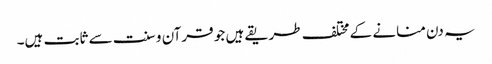
یہ دن منانے کے مختلف طریقے ہیں جو قرآن و سنت سے ثابت ہیں۔